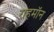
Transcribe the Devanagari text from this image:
राहमॉन